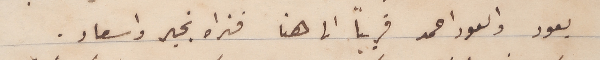
يعود والعود احمد قريباً الى هنا فنراه بخير واسعاد.